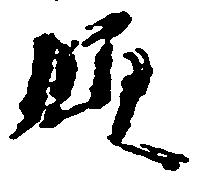
領